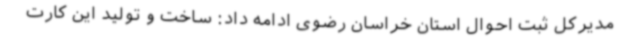
مدیرکل ثبت احوال استان خراسان رضوی ادامه داد: ساخت و تولید این کارت